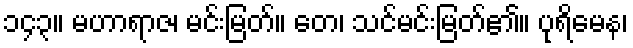
၁၄၃။ မဟာရာဇ၊ မင်းမြတ်။ တေ၊ သင်မင်းမြတ်၏။ ပုရိမေန၊